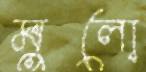
মুলো